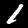
Digit: 1